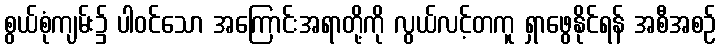
စွယ်စုံကျမ်း၌ ပါဝင်သော အကြောင်းအရာတို့ကို လွယ်လင့်တကူ ရှာဖွေနိုင်ရန် အစီအစဉ်